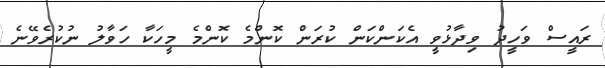
ރައީސް ވަހީދު ވިދާޅުވީ އެކަންކަން ކުރަން ކޮންމެ ކޮންމެ މީހަކާ ހަވާލު ނުކުރެވޭނެ